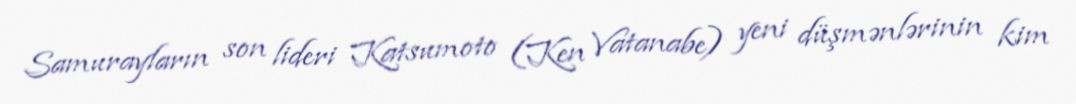
Samurayların son lideri Katsumoto (Ken Vatanabe) yeni düşmənlərinin kim